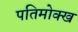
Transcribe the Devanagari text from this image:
पतिमोक्ख